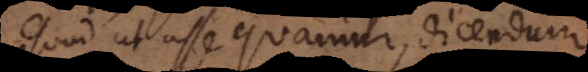
Quod ut assequamur, dicendum